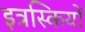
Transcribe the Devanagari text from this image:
इत्रस्कियों